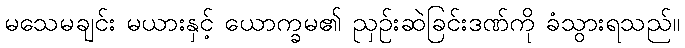
မသေမချင်း မယားနှင့် ယောက္ခမ၏ ညှဉ်းဆဲခြင်းဒဏ်ကို ခံသွားရသည်။